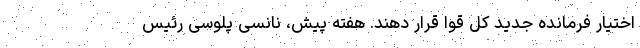
اختیار فرمانده جدید کل قوا قرار دهند. هفته پیش، نانسی پلوسی رئیس